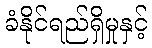
ခံနိုင်ရည်ရှိမှုနှင့်